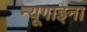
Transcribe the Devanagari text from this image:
न्यूगाइना